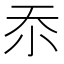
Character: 𭕇